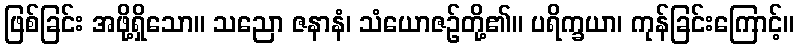
ဖြစ်ခြင်း အဖို့ရှိသော။ သညော ဇနာနံ၊ သံယောဇဉ်တို့၏။ ပရိက္ခယာ၊ ကုန်ခြင်းကြောင့်။